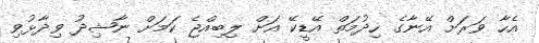
އެހާ ވަރަށް އޭނާގެ ހިދުމަތް އޭޑީކޭ އަށް ލިބިއްޖެ ކަމަށް ނާޝިދު ވިދާޅުވި